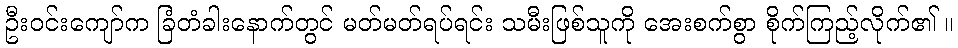
ဦးဝင်းကျော်က ခြံတံခါးနောက်တွင် မတ်မတ်ရပ်ရင်း သမီးဖြစ်သူကို အေးစက်စွာ စိုက်ကြည့်လိုက်၏ ။